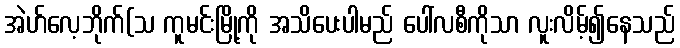
အဲဟ်လေ့ဘိုက်(သ ကူမင်းမြို့ကို အသိပေးပါမည် ပေါ်လစီကိုသာ လူးလိမ့်၍နေသည်